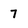
Character: 7